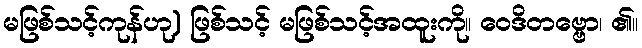
မဖြစ်သင့်ကုန်ဟု) ဖြစ်သင့် မဖြစ်သင့်အထူးကို။ ဝေဒိတဗ္ဗော၊ ၏။